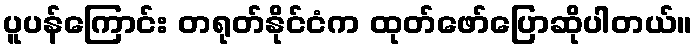
ပူပန်ကြောင်း တရုတ်နိုင်ငံက ထုတ်ဖော်ပြောဆိုပါတယ်။